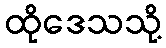
ထိုဒေသသို့